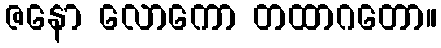
ဇနော လောကော တထာဂတော။